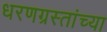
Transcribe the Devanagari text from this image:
धरणग्रस्तांच्या